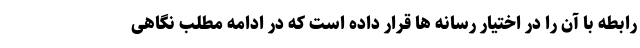
رابطه با آن را در اختیار رسانه ها قرار داده است که در ادامه مطلب نگاهی